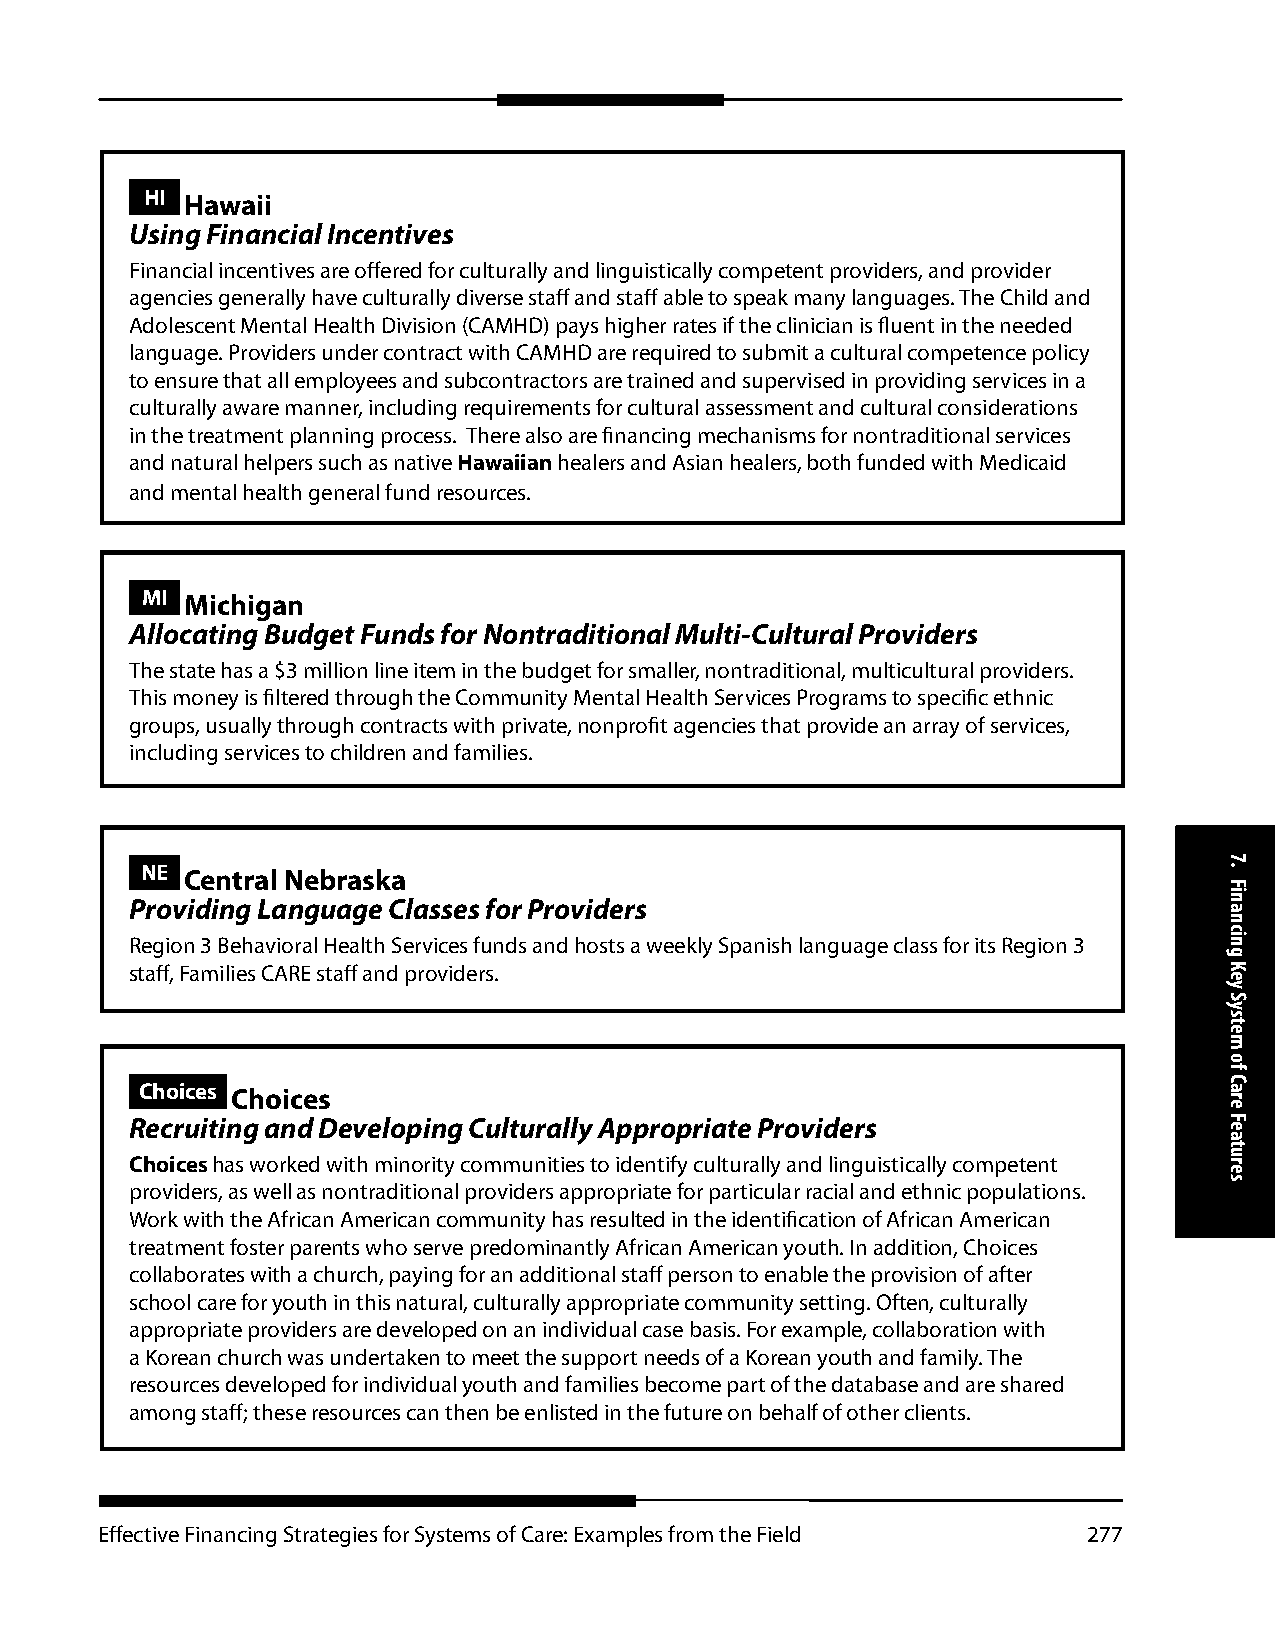
HI Hawaii
 Using Financial Incentives
 Financial incentives are offered for culturally and linguistically competent providers, and provider
 agencies generally have culturally diverse staff and staff able to speak many languages. The Child and
 Adolescent Mental Health Division (CAMHD) pays higher rates if the clinician is fluent in the needed
 language. Providers under contract with CAMHD are required to submit a cultural competence policy
 to ensure that all employees and subcontractors are trained and supervised in providing services in a
 culturally aware manner, including requirements for cultural assessment and cultural considerations
 in the treatment planning process. There also are financing mechanisms for nontraditional services
 and natural helpers such as native Hawaiian healers and Asian healers, both funded with Medicaid
 and mental health general fund resources.
 MI Michigan
 Allocating Budget Funds for Nontraditional Multi-Cultural Providers
 The state has a $3 million line item in the budget for smaller, nontraditional, multicultural providers.
 This money is filtered through the Community Mental Health Services Programs to specific ethnic
 groups, usually through contracts with private, nonprofit agencies that provide an array of services,
 including services to children and families.
 NE Central Nebraska
 Providing Language Classes for Providers
 Region 3 Behavioral Health Services funds and hosts a weekly Spanish language class for its Region 3
 staff, Families CARE staff and providers.
 Choices Choices
 Recruiting and Developing Culturally Appropriate Providers
 Choices has worked with minority communities to identify culturally and linguistically competent
 providers, as well as nontraditional providers appropriate for particular racial and ethnic populations.
 Work with the African American community has resulted in the identification of African American
 treatment foster parents who serve predominantly African American youth. In addition, Choices
 collaborates with a church, paying for an additional staff person to enable the provision of after
 school care for youth in this natural, culturally appropriate community setting. Often, culturally
 appropriate providers are developed on an individual case basis. For example, collaboration with
 a Korean church was undertaken to meet the support needs of a Korean youth and family. The
 resources developed for individual youth and families become part of the database and are shared
 among staff; these resources can then be enlisted in the future on behalf of other clients.
 Effective Financing Strategies for Systems of Care: Examples from the Field 277
 7.
 Financing
 Key
 System
 of
 Care
 Features